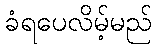
ခံရပေလိမ့်မည်